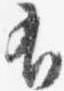
有